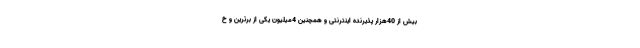
بیش از 40هزار پذیرنده اینترنتی و همچنین 4میلیون یکی از برترین و خ